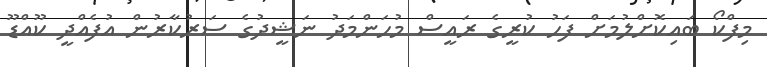
މިފްކޯ ބައިކޮށްލުމަށް ފަހު ކުރީގެ ރައީސް މުހަންމަދު ނަޝީދުގެ ސަރުކާރުން އުފެއްދީ ކޫއްޑޫ